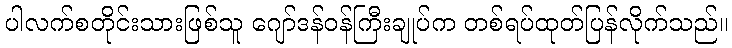
ပါလက်စတိုင်းသားဖြစ်သူ ဂျော်ဒန်ဝန်ကြီးချုပ်က တစ်ရပ်ထုတ်ပြန်လိုက်သည်။